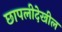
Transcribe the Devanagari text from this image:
छापलीदेखील